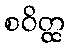
စဝိတ္ထ